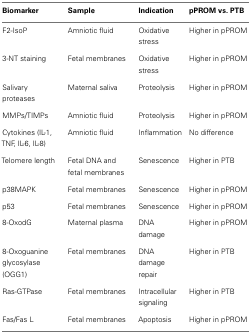
<table><thead><tr><td><b>Biomarker</b></td><td><b>Sample</b></td><td><b>Indication</b></td><td><b>pPROM vs. PTB</b></td></tr></thead><tbody><tr><td>F2-IsoP</td><td>Amniotic fluid</td><td>Oxidative stress</td><td>Higher in pPROM</td></tr><tr><td>3-NT staining</td><td>Fetal membranes</td><td>Oxidative stress</td><td>Higher in pPROM</td></tr><tr><td>Salivary proteases</td><td>Maternal saliva</td><td>Proteolysis</td><td>Higher in pPROM</td></tr><tr><td>MMPs/TIMPs</td><td>Amniotic fluid</td><td>Proteolysis</td><td>Higher in pPROM</td></tr><tr><td>Cytokines (IL-1, TNF, IL-6, IL-8)</td><td>Amniotic fluid</td><td>Inflammation</td><td>No difference</td></tr><tr><td>Telomere length</td><td>Fetal DNA and fetal membranes</td><td>Senescence</td><td>Higher in PTB</td></tr><tr><td>p38MAPK</td><td>Fetal membranes</td><td>Senescence</td><td>Higher in pPROM</td></tr><tr><td>p53</td><td>Fetal membranes</td><td>Senescence</td><td>Higher in pPROM</td></tr><tr><td>8-OxodG</td><td>Maternal plasma</td><td>DNA damage</td><td>Higher in pPROM</td></tr><tr><td>8-Oxoguanine glycosylase (OGG1)</td><td>Fetal membranes</td><td>DNA damage repair</td><td>Higher in PTB</td></tr><tr><td>Ras-GTPase</td><td>Fetal membranes</td><td>Intracellular signaling</td><td>Higher in PTB</td></tr><tr><td>Fas/Fas L</td><td>Fetal membranes</td><td>Apoptosis</td><td>Higher in pPROM</td></tr></tbody></table>